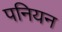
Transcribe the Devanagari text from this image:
पनियन